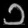
Digit: ၁